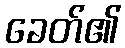
ခေတ်၏